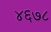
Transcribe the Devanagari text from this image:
४६७८